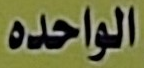
الواحده